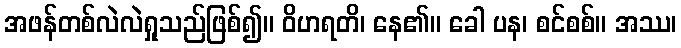
အဖန်တစ်လဲလဲရှုသည်ဖြစ်၍။ ဝိဟရတိ၊ နေ၏။ ခေါ ပန၊ စင်စစ်။ အဿ၊